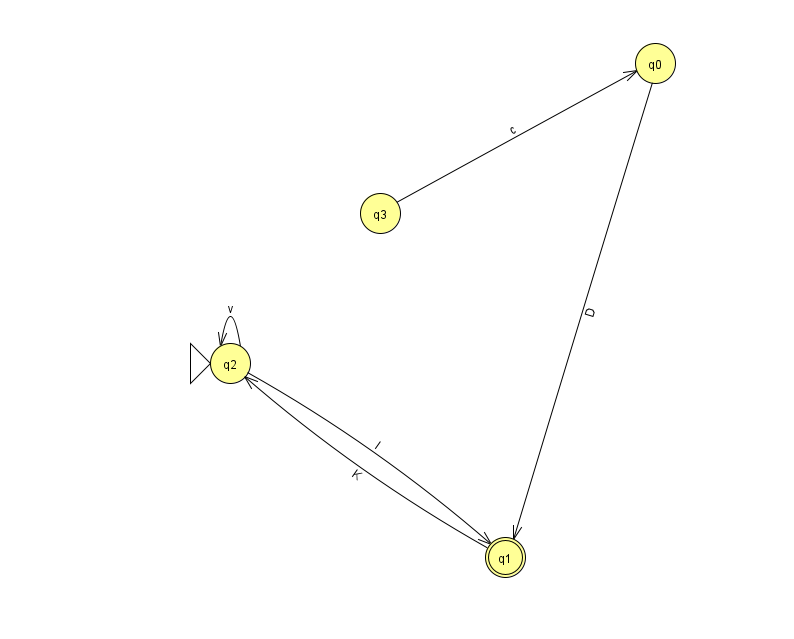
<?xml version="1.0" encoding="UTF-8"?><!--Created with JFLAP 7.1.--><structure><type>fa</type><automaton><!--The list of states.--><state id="0" name="q0"><x>655.0</x><y>50.0</y></state><state id="1" name="q1"><x>505.0</x><y>544.0</y><final/></state><state id="2" name="q2"><x>230.0</x><y>350.0</y><initial/></state><state id="3" name="q3"><x>380.0</x><y>200.0</y></state><!--The list of transitions.--><transition><from>2</from><to>2</to><read>v</read></transition><transition><from>3</from><to>0</to><read>c</read></transition><transition><from>1</from><to>2</to><read>K</read></transition><transition><from>0</from><to>1</to><read>D</read></transition><transition><from>2</from><to>1</to><read>l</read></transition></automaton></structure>